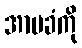
အာမခံကို